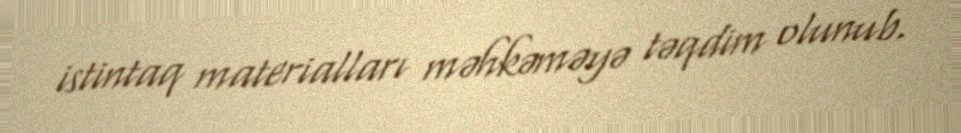
istintaq materialları məhkəməyə təqdim olunub.